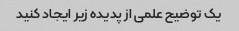
یک توضیح علمی از پدیده زیر ایجاد کنید